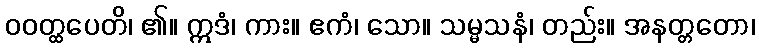
ဝဝတ္ထပေတိ၊ ၏။ ဣဒံ၊ ကား။ ဧကံ၊ သော။ သမ္မသနံ၊ တည်း။ အနတ္တတော၊